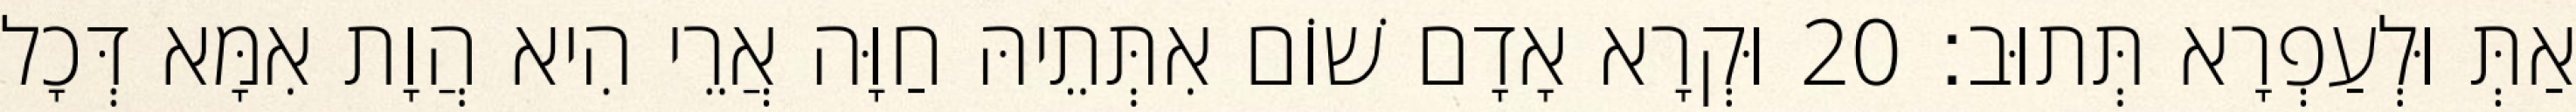
אַתְּ וּלְעַפְרָא תְּתוּב׃ 20 וּקְרָא אָדָם שׁוֹם אִתְּתֵיהּ חַוָּה אֲרֵי הִיא הֲוָת אִמָּא דְּכָל